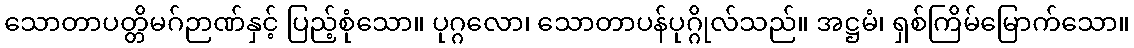
သောတာပတ္တိမဂ်ဉာဏ်နှင့် ပြည့်စုံသော။ ပုဂ္ဂလော၊ သောတာပန်ပုဂ္ဂိုလ်သည်။ အဋ္ဌမံ၊ ရှစ်ကြိမ်မြောက်သော။